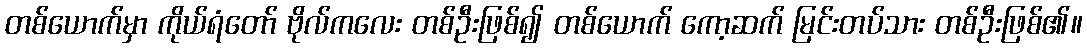
တစ်ယောက်မှာ ကိုယ်ရံတော် ဗိုလ်ကလေး တစ်ဦးဖြစ်၍ တစ်ယောက် ကော့ဆက် မြင်းတပ်သား တစ်ဦးဖြစ်၏။